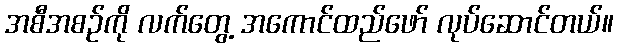
အစီအစဉ်ကို လက်တွေ့ အကောင်ထည်ဖော် လုပ်ဆောင်တယ်။